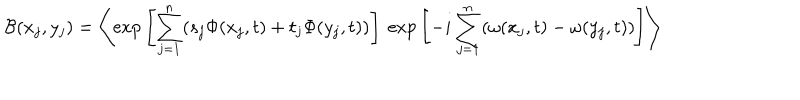
LaTeX: { \cal { B } } ( x _ { j } , y _ { j } ) = \left< \mathrm { e x p } \left[ \sum _ { j = 1 } ^ { n } ( s _ { j } \Phi ( x _ { j } , t ) + t _ { j } \Phi ( y _ { j } , t ) ) \right] ~ \mathrm { e x p } \left[ - i \sum _ { j = 1 } ^ { n } ( \omega ( x _ { j } , t ) - \omega ( y _ { j } , t ) ) \right] \right>